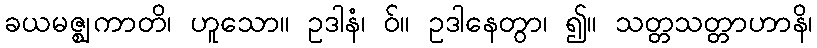
ခယမဇ္ဈကာတိ၊ ဟူသော။ ဥဒါနံ၊ ဝ်။ ဥဒါနေတွာ၊ ၍။ သတ္တသတ္တာဟာနိ၊